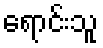
ရောင်းသူ